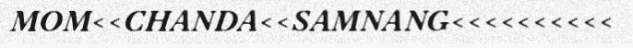
MOM<<CHANDA<<SAMNANG<<<<<<<<<<